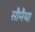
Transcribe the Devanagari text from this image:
सौमैया